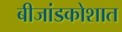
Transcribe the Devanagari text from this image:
बीजांडकोशात